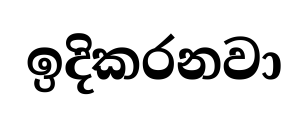
ඉදිකරනවා